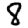
Digit: 8